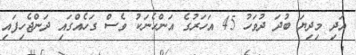
އަދި މިދިޔަ ބުދަ ދުވަހު 45 އަހަރުގެ އަންހެނަކު ވެސް ގަހެއްގައި ދަންޖެހިފައި